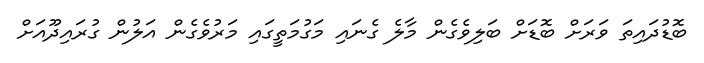
ބޮޑުދައިތަ ވަރަށް ބޮޑަށް ބަލިވެގެން މާލެ ގެނައި މަގުމަތީގައި މަރުވެގެން އަލުން ގުރައިދޫއަށް